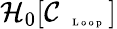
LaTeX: \mathcal{H}_{0}[\mathcal{C}_{\mathrm{~\tiny~\textnormal~{~L~o~o~p~}~}}]